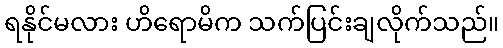
ရနိုင်မလား ဟိရောမိက သက်ပြင်းချလိုက်သည်။